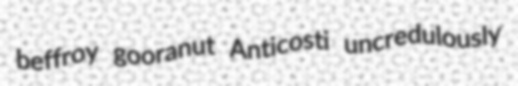
beffroy gooranut Anticosti uncredulously